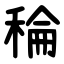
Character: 稐